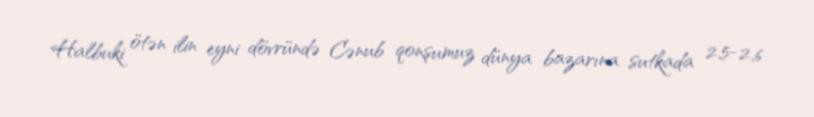
Halbuki ötən ilin eyni dövründə Cənub qonşumuz dünya bazarına sutkada 2,5-2,6